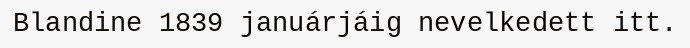
Blandine 1839 januárjáig nevelkedett itt.